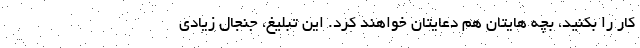
کار را بکنید، بچه هایتان هم دعایتان خواهند کرد. این تبلیغ، جنجال زیادی